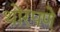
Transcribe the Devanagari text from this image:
थोरपणे